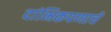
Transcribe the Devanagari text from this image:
दांभिकपणाचे